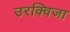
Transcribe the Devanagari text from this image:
उरक्विजा